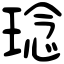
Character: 𤦬